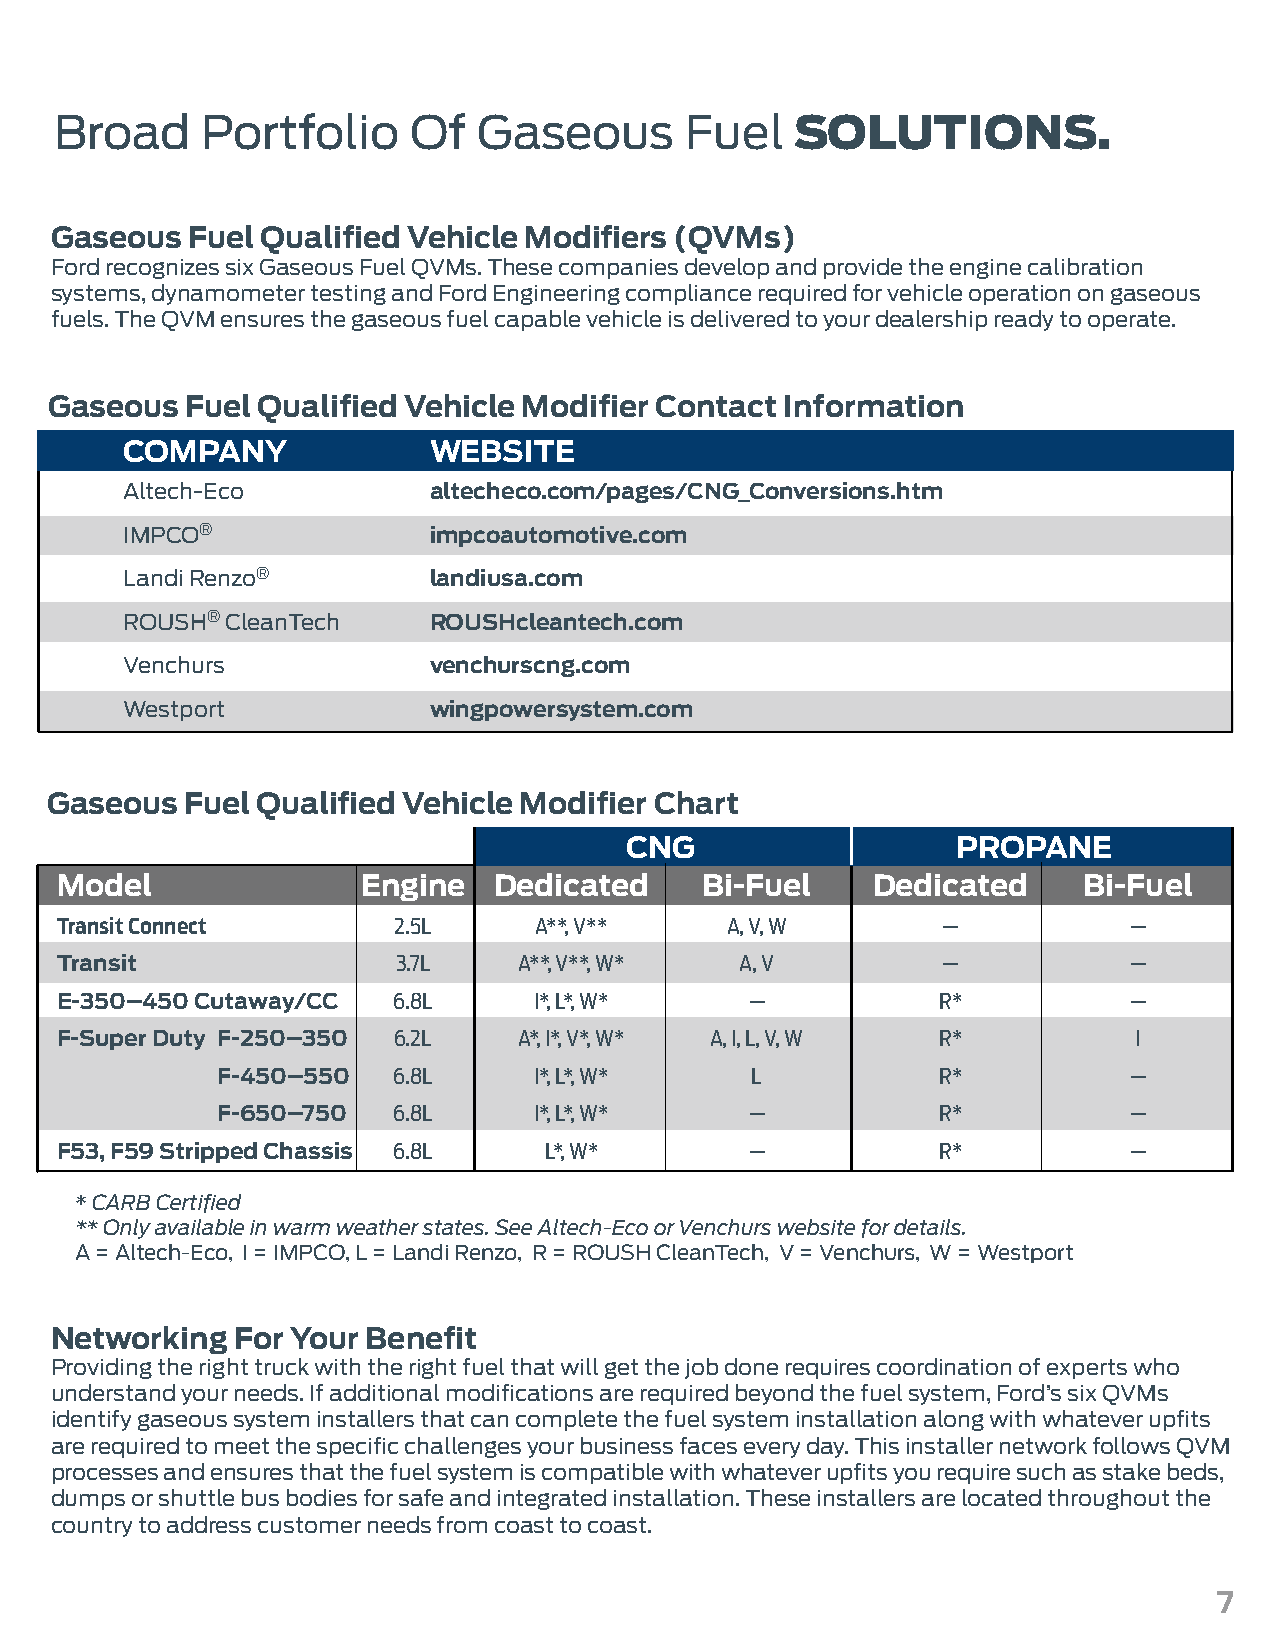
Broad    Portfolio     Of   Gaseous      Fuel    SOLUTIONS.
 Gaseous   Fuel Qualified Vehicle Modifiers (QVMs)
 Ford recognizes six Gaseous Fuel QVMs. These companies develop and provide the engine calibration
 systems, dynamometer testing and Ford Engineering compliance required for vehicle operation on gaseous
 fuels. The QVM ensures the gaseous fuel capable vehicle is delivered to your dealership ready to operate.
 Gaseous  Fuel Qualified Vehicle Modifier Contact Information
 COMPANY             WEBSITE
 Altech-Eco          altecheco.com/pages/CNG_Conversions.htm
 IMPCO®              impcoautomotive.com
 Landi Renzo®        landiusa.com
 ROUSH® CleanTech    ROUSHcleantech.com
 Venchurs            venchurscng.com
 Westport            wingpowersystem.com
 Gaseous  Fuel Qualified Vehicle Modifier Chart
 CNG                   PROPANE
 Model               Engine   Dedicated    Bi-Fuel     Dedicated     Bi-Fuel
 Transit Connect       2.5L     A**, V**     A, V, W       —            —
 Transit               3.7L    A**, V**, W*   A, V         —            —
 E-350–450 Cutaway/CC  6.8L     I*, L*, W*     —           R*           —
 F-Super Duty F-250–350 6.2L   A*, I*, V*, W* A, I, L, V, W R*          I
 F-450–550   6.8L     I*, L*, W*     L           R*           —
 F-650–750   6.8L     I*, L*, W*     —           R*           —
 F53, F59 Stripped Chassis 6.8L  L*, W*        —           R*           —
 * CARB Certified
 ** Only available in warm weather states. See Altech-Eco or Venchurs website for details.
 A = Altech-Eco, I = IMPCO, L = Landi Renzo, R = ROUSH CleanTech, V = Venchurs, W = Westport
 Networking  For Your Benefit
 Providing the right truck with the right fuel that will get the job done requires coordination of experts who
 understand your needs. If additional modifications are required beyond the fuel system, Ford’s six QVMs
 identify gaseous system installers that can complete the fuel system installation along with whatever upfits
 are required to meet the specific challenges your business faces every day. This installer network follows QVM
 processes and ensures that the fuel system is compatible with whatever upfits you require such as stake beds,
 dumps or shuttle bus bodies for safe and integrated installation. These installers are located throughout the
 country to address customer needs from coast to coast.
 7